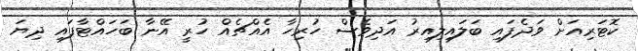
ކޮޓަރިއަށް ވަދެފައި ބަލައިލިއިރު އަދިވެސް ހުރިހާ އެއްޗެއް ހުރީ އޭނާ ބަހައްޓާފައި ދިޔަ